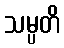
သမ္ပတိ